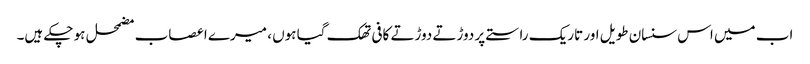
اب میں اس سنسان طویل اور تاریک راستے پر دوڑتے دوڑتے کافی تھک گیا ہوں ، میرے اعصاب مضمحل ہو چکے ہیں۔